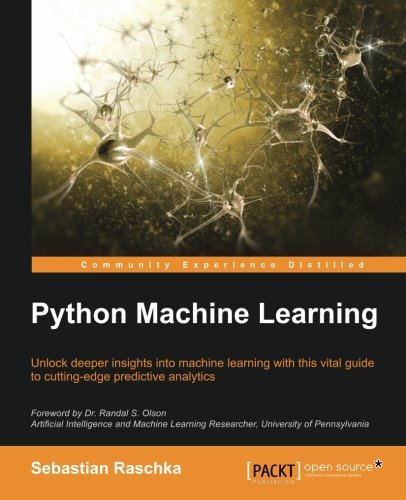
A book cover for Python Machine Learning; Sebastian Raschka; Computers & Technology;